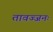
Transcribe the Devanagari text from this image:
तावज्जनः